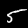
Label: 5